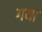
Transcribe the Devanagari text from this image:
गया